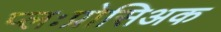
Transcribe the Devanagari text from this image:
प्लःप्रोसिअक